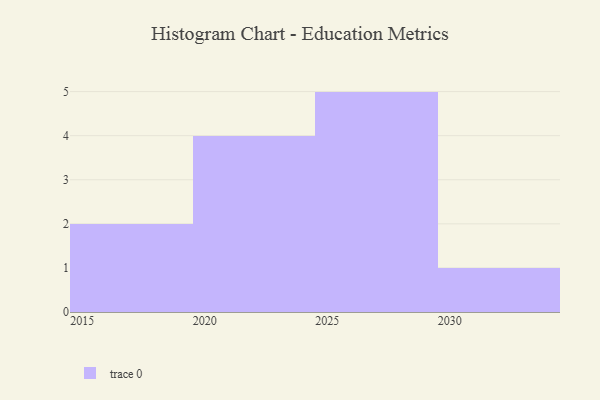
{"axis": {"x": "Year", "y": "Market Share (%)"}, "legend": [""], "data": [{"x": "2026", "y": 20, "type": ""}, {"x": "2023", "y": 79, "type": ""}, {"x": "2029", "y": 62, "type": ""}, {"x": "2018", "y": 46, "type": ""}, {"x": "2020", "y": 68, "type": ""}, {"x": "2030", "y": 30, "type": ""}, {"x": "2015", "y": 70, "type": ""}, {"x": "2021", "y": 83, "type": ""}, {"x": "2027", "y": 94, "type": ""}, {"x": "2025", "y": 48, "type": ""}, {"x": "2028", "y": 22, "type": ""}, {"x": "2022", "y": 64, "type": ""}]}